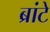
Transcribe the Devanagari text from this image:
ब्रांटे